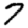
Digit: 7